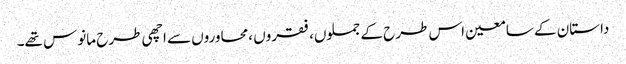
داستان کے سامعین اس طرح کے جملوں، فقروں ،محاوروں سے اچھی طرح مانوس تھے۔